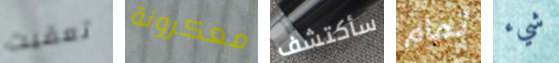
تعقبت معكرونة سأكتشف تمام شيء